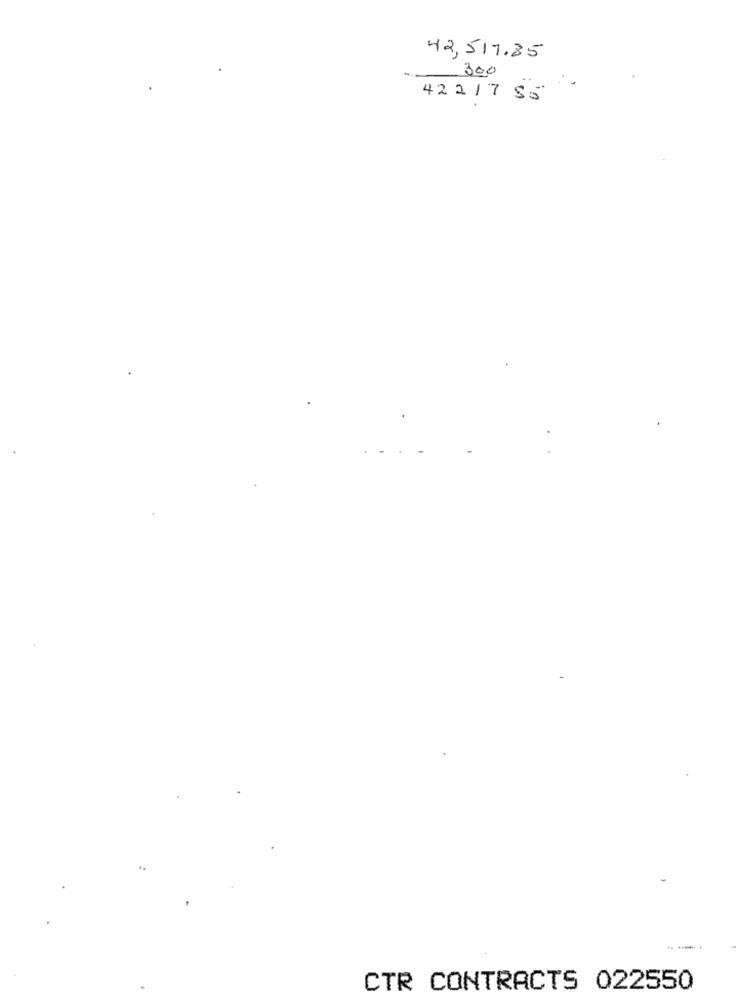
42,517.85
300
42217 85
CTR CONTRACTS 022550